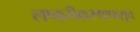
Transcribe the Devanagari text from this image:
लष्करीकरणापासून